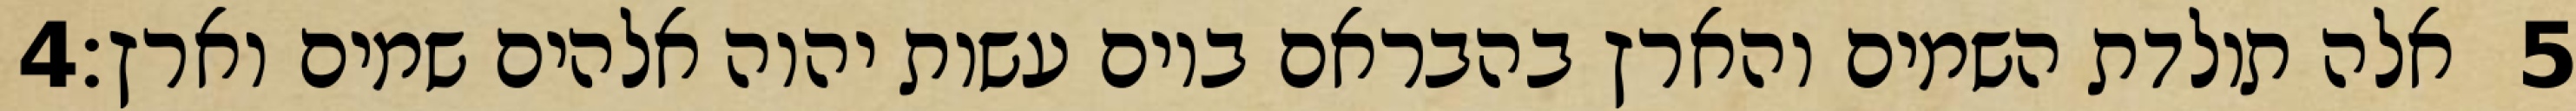
‎4‏ אלה תולדת השמים והארץ בהבראם ביום עשות יהוה אלהים שמים וארץ׃ ‎5‏